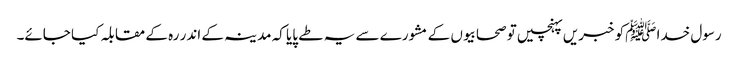
رسول خدا ﷺکو خبریں پہنچیں تو صحابیوں کے مشورے سے یہ طے پایا کہ مدینہ کے اندر رہ کے مقابلہ کیا جائے۔